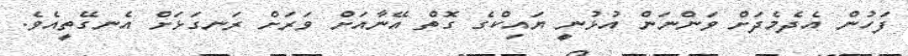
ފަހުން އެދެމެދަށް ވަންނަން އުޅުނީ ޔައިކްގެ ގޮތް އޭނާއަށް ވަރަށް ރަނގަޅަށް އެނގޭތީއެވެ.